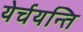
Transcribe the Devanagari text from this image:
येर्चयन्ति